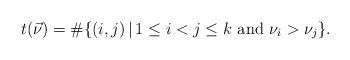
LaTeX: \begin{align*}t(\vec{\nu})=\#\{ (i, j) \, | \, 1\le i<j \le k \,\, \mathrm{and} \,\, \nu_{i}>\nu_{j} \}. \end{align*}